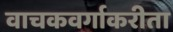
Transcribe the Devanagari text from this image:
वाचकवर्गाकरीता